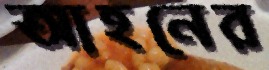
আহনের